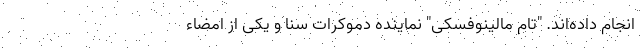
انجام داده‌اند. "تام مالینوفسکی" نماینده دموکرات سنا و یکی از امضاء